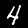
Digit: 4